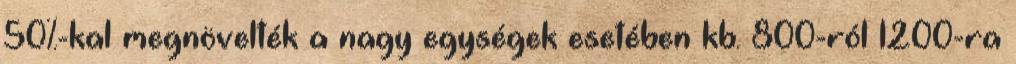
50%-kal megnövelték a nagy egységek esetében kb. 800-ról 1200-ra